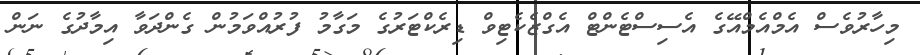
މިހާރުވެސް އެމްއެމްއޭގެ އެސިސްޓެންޓް އެގްޒެކެޓިވް ޑިރެކްޓަރުގެ މަގާމު ފުރުއްވަމުން ގެންދަވާ އިމާދުގެ ނަން